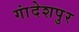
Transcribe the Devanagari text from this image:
गांदेशपुर